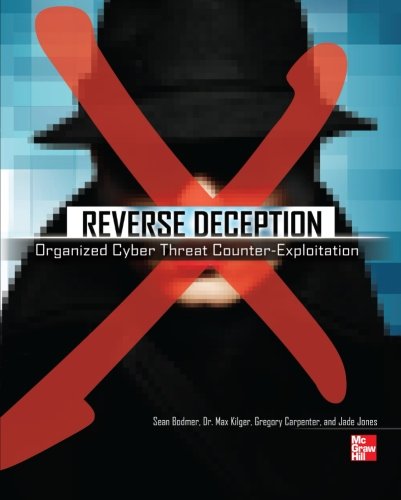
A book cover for Reverse Deception: Organized Cyber Threat Counter-Exploitation; Sean Bodmer; Computers & Technology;